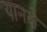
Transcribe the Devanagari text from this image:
यानसे